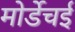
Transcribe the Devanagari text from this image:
मोर्डेचई